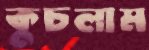
কুচলাম